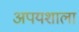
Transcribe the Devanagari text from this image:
अपयशाला